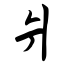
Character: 爿